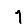
Digit: 1